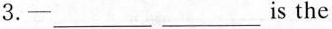
3.___ ___ is the